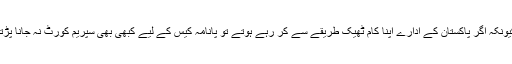
کیونکہ اگر پاکستان کے ادارے اپنا کام ٹھیک طریقے سے کر رہے ہوتے تو پانامہ کیس کے لیے کبھی بھی سپریم کورٹ نہ جانا پڑتا۔